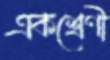
একশ্রেণী